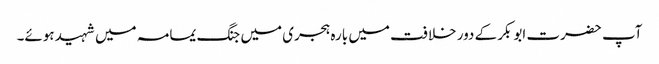
آپ حضرت ابوبکر کے دور خلافت میں بارہ ہجری میں جنگ یمامہ میں شہید ہوئے۔